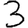
Digit: 3